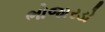
ભોજારડો